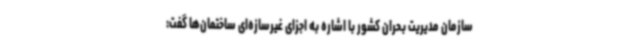
سازمان مدیریت بحران کشور با اشاره به اجزای غیرسازه‌ای ساختمان‌ها گفت: